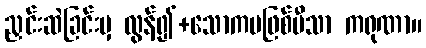
ညှင်းဆဲခြင်းမှ လွန်၍+သောကမဖြစ်မီသာ ကရုဏာ။